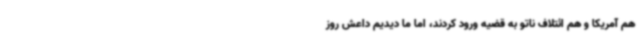
هم آمریکا و هم ائتلاف ناتو به قضیه ورود کردند، اما ما دیدیم داعش روز